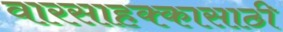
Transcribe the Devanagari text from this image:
वारसाहक्कासाठी